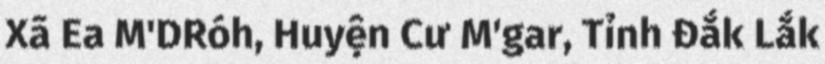
Xã Ea M'DRóh, Huyện Cư M'gar, Tỉnh Đắk Lắk